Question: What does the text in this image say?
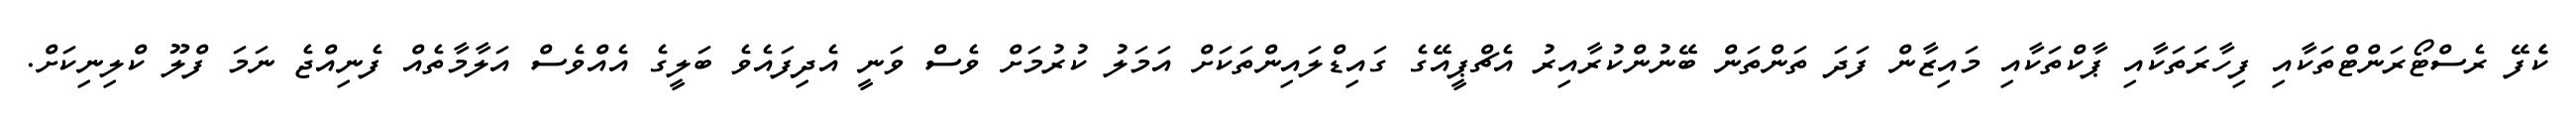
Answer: ކެެފޭ ރެސްޓޯރަންޓްތަކާއި ފިހާރަތަކާއި ޕާކްތަކާއި މައިޒާން ފަދަ ތަންތަން ބޭނުންކުރާއިރު އެޗްޕީއޭގެ ގައިޑްލައިންތަކަށް އަމަލު ކުރުމަށް ވެސް ވަނީ އެދިފައެވެ ބަލީގެ އެއްވެސް އަލާމާތެއް ފެނިއްޖެ ނަމަ ފްލޫ ކްލިނިކަށް.